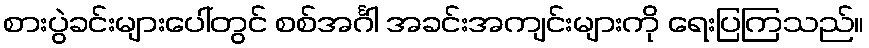
စားပွဲခင်းများပေါ်တွင် စစ်အင်္ဂါ အခင်းအကျင်းများကို ရေးပြကြသည်။